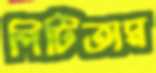
পিটিতাম